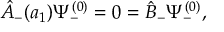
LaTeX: { \hat { A } } _ { - } ( a _ { 1 } ) \Psi _ { - } ^ { ( 0 ) } = 0 = { \hat { B } } _ { - } \Psi _ { - } ^ { ( 0 ) } ,